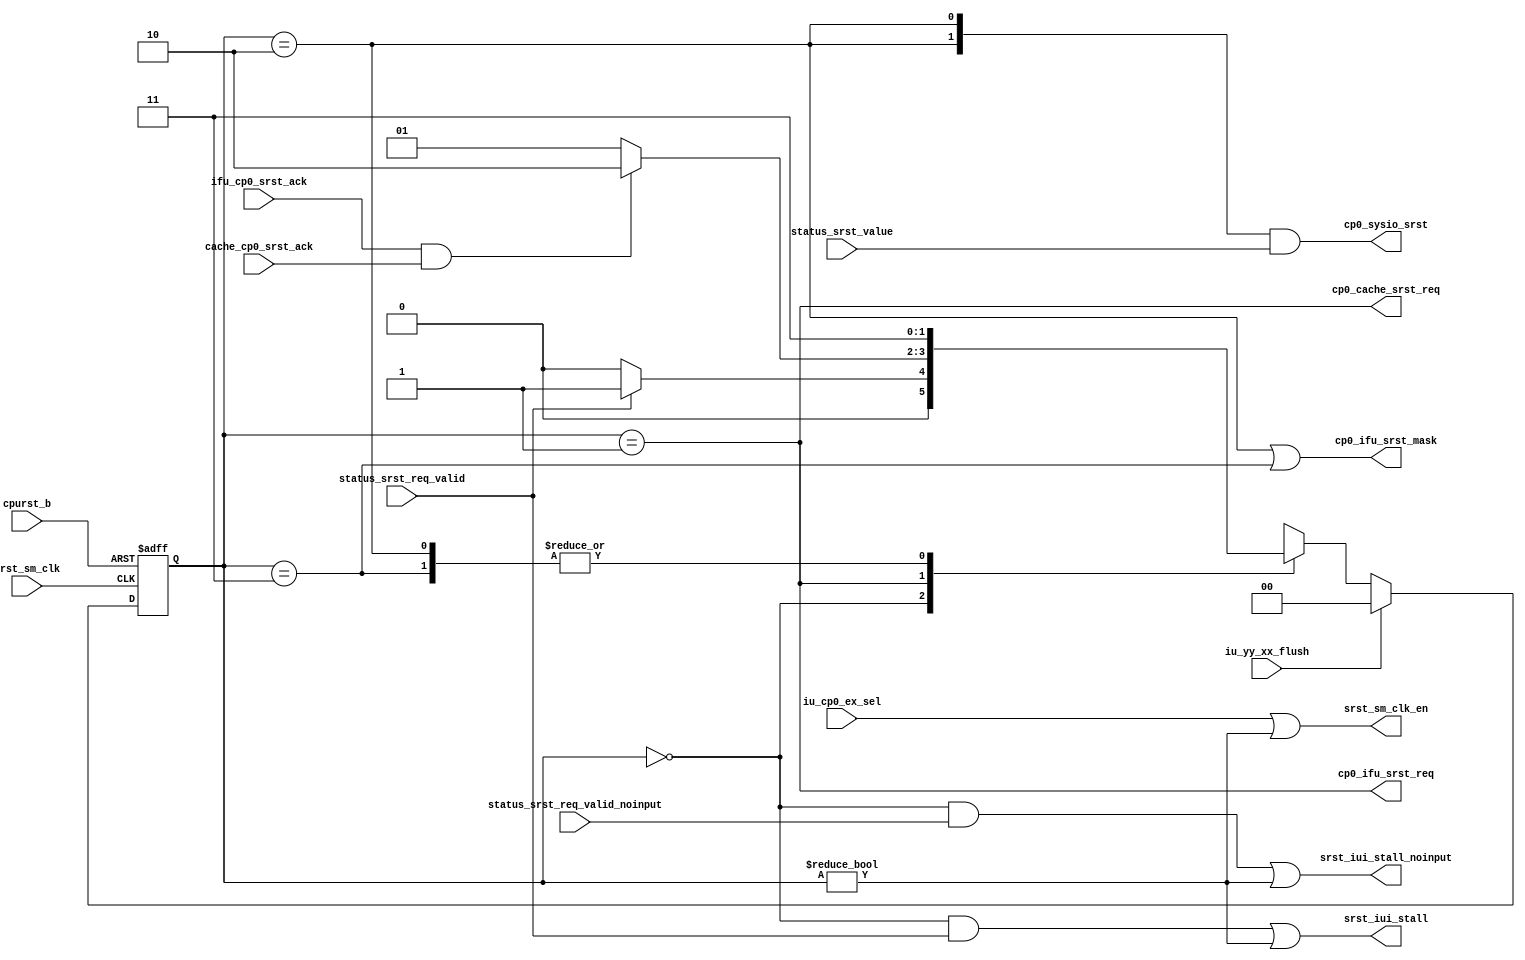
/*Copyright 2018-2021 T-Head Semiconductor Co., Ltd.

Licensed under the Apache License, Version 2.0 (the "License");
you may not use this file except in compliance with the License.
You may obtain a copy of the License at

    http://www.apache.org/licenses/LICENSE-2.0

Unless required by applicable law or agreed to in writing, software
distributed under the License is distributed on an "AS IS" BASIS,
WITHOUT WARRANTIES OR CONDITIONS OF ANY KIND, either express or implied.
See the License for the specific language governing permissions and
limitations under the License.
*/

// &ModuleBeg; @24
module cr_cp0_srst(
  cache_cp0_srst_ack,
  cp0_cache_srst_req,
  cp0_ifu_srst_mask,
  cp0_ifu_srst_req,
  cp0_sysio_srst,
  cpurst_b,
  ifu_cp0_srst_ack,
  iu_cp0_ex_sel,
  iu_yy_xx_flush,
  srst_iui_stall,
  srst_iui_stall_noinput,
  srst_sm_clk,
  srst_sm_clk_en,
  status_srst_req_valid,
  status_srst_req_valid_noinput,
  status_srst_value
);

// &Ports; @25
input          cache_cp0_srst_ack;           
input          cpurst_b;                     
input          ifu_cp0_srst_ack;             
input          iu_cp0_ex_sel;                
input          iu_yy_xx_flush;               
input          srst_sm_clk;                  
input          status_srst_req_valid;        
input          status_srst_req_valid_noinput; 
input   [1:0]  status_srst_value;            
output         cp0_cache_srst_req;           
output         cp0_ifu_srst_mask;            
output         cp0_ifu_srst_req;             
output  [1:0]  cp0_sysio_srst;               
output         srst_iui_stall;               
output         srst_iui_stall_noinput;       
output         srst_sm_clk_en;               

// &Regs; @26
reg     [1:0]  cur_state;                    
reg     [1:0]  next_state;                   

// &Wires; @27
wire           cache_cp0_srst_ack;           
wire           cp0_cache_srst_req;           
wire           cp0_ifu_srst_mask;            
wire           cp0_ifu_srst_req;             
wire    [1:0]  cp0_sysio_srst;               
wire           cpurst_b;                     
wire           ifu_cp0_srst_ack;             
wire           iu_cp0_ex_sel;                
wire           iu_yy_xx_flush;               
wire           srst_ack;                     
wire           srst_cmplt;                   
wire           srst_in_wait_state;           
wire           srst_iui_stall;               
wire           srst_iui_stall_noinput;       
wire           srst_sm_clk;                  
wire           srst_sm_clk_en;               
wire           status_srst_req_valid;        
wire           status_srst_req_valid_noinput; 
wire    [1:0]  status_srst_value;            


parameter IDLE   = 2'b00;
parameter WFACK  = 2'b01;
parameter WFCPLT = 2'b10;
parameter WFRST  = 2'b11;

//==========================================================
//                 Instance of Gated Cell  
//==========================================================
assign srst_sm_clk_en = iu_cp0_ex_sel || (cur_state != IDLE); 

//-----------------------------------------------------
// Request the BIU to enter low power mode and do
// not accept any more transaction from IFU or LSU
//-----------------------------------------------------

//-------------------FSM of srst req logic-----------------
// State Description:
// IDLE     : no srst instruction (wait,stop,doze)
// WFACK    : request sysio and wait for sysio ack
//           the srst request        
//-----------------------------------------------------

always @(posedge srst_sm_clk or negedge cpurst_b)
begin
  if(!cpurst_b)
    cur_state[1:0] <= IDLE;
  else if(iu_yy_xx_flush)
    cur_state[1:0] <= IDLE;
  else
    cur_state[1:0] <= next_state[1:0];
end

// &CombBeg; @61
always @( cur_state
       or status_srst_req_valid
       or srst_ack)
begin
  case(cur_state)
  IDLE   : if(status_srst_req_valid)
             next_state = WFACK;
           else
             next_state = IDLE;
  WFACK  : if(srst_ack)
             next_state = WFCPLT;
           else
             next_state = WFACK;
  WFCPLT :   next_state = WFRST;
  WFRST  :   next_state = WFRST;
  default:   next_state = IDLE;
  endcase
// &CombEnd; @75
end

assign srst_in_wait_state = (cur_state == WFACK);
assign srst_cmplt         = (cur_state == WFCPLT);

//-------------------control signal by srst FSM-------------
assign srst_iui_stall = (cur_state == IDLE) && status_srst_req_valid
                     || (cur_state != IDLE);
assign srst_iui_stall_noinput = (cur_state == IDLE) && status_srst_req_valid_noinput
                     || (cur_state != IDLE);

assign cp0_ifu_srst_req = srst_in_wait_state;
assign cp0_cache_srst_req = srst_in_wait_state;

//-----------------------------------------------------
//               srst request ack 
//-----------------------------------------------------
assign srst_ack = ifu_cp0_srst_ack && cache_cp0_srst_ack;

assign cp0_sysio_srst[1:0] = {2{srst_cmplt}} & status_srst_value[1:0];

assign cp0_ifu_srst_mask = (cur_state == WFCPLT) || (cur_state == WFRST);

// &ModuleEnd; @98
endmodule